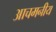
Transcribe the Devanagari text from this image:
आचमनीय